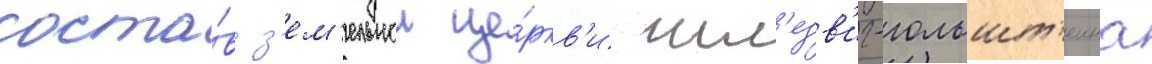
соста́в з'ем'ельнои це́ркв'и шл'езв'иг-гольшт'еина